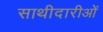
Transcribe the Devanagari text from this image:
साथीदारीओं